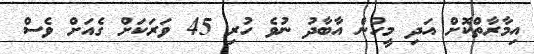
އިމާރާތްކޮށް އަދި މީހުން އާބާދު ނުވެ ހުރި 45 ވަރަކަށް ގެއަށް ވެސް